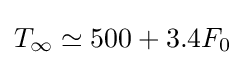
T_{\infty }\simeq 500+3.4F_{0}